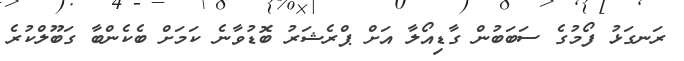
ރަނގަޅު ފޯމުގެ ސަބަބުން ގާޑިއޯލާ އަށް ޕްރެޝަރު ބޮޑުވާނެ ކަމަށް ބެކެންބާ ގަބޫލްކުރެ